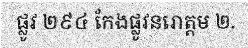
ផ្លូវ ២៩៤ កែងផ្លូវនរោត្តម ២.